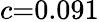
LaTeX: c{=}0.091